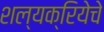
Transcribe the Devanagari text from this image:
शल्यक्रियेचे